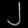
Digit: ၂